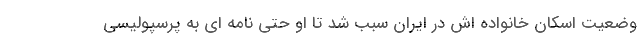
وضعیت اسکان خانواده اش در ایران سبب شد تا او حتی نامه ای به پرسپولیسی